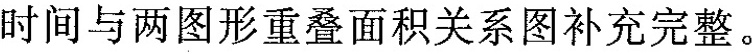
时间与两图形重叠面积关系图补充完整。